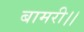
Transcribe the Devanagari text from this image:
बामरी।।